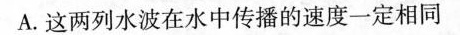
A.这两列水波在水中传播的速度一定相同